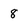
Character: 8